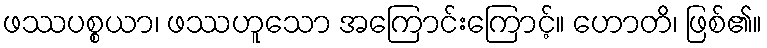
ဖဿပစ္စယာ၊ ဖဿဟူသော အကြောင်းကြောင့်။ ဟောတိ၊ ဖြစ်၏။